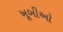
ખૂબીઓ